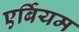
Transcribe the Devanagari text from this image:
एर्बियम